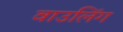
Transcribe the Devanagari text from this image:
वाउलिंग